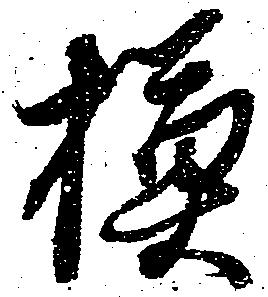
模